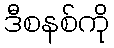
ဒီစနစ်ကို